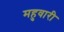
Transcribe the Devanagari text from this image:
महुवारी